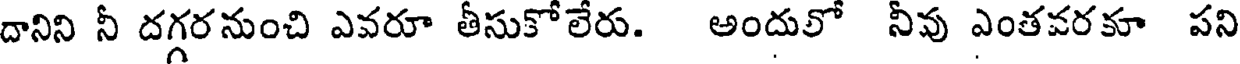
దానిని నీ దగ్గరనుంచి ఎవరూ తీసుకోలేరు. అందులో నీవు ఎంతవరకూ పని